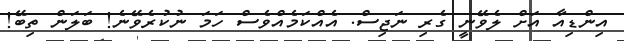
އިންޑިއާ އަށް ލެވޭނީ ގެރި ނަޖިސް. އެއްކަމެއްވެސް ހަމަ ނުކުރެވޭނެ! ބަލަން ތިބޭ!